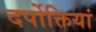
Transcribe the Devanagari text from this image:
दर्पोक्तियां